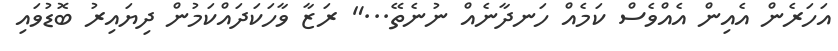
އަހަރެން އެއިން އެއްވެސް ކަމެއް ހަނދާނެއް ނުނެތޭ..." ރަޒާ ވާހަކަދައްކަމުން ދިޔައިރު ބޮޑުވައި